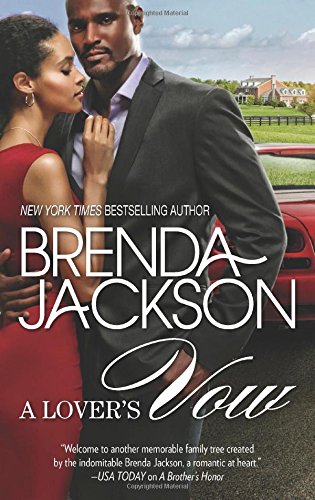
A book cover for A Lover's Vow (The Grangers); Brenda Jackson; Romance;